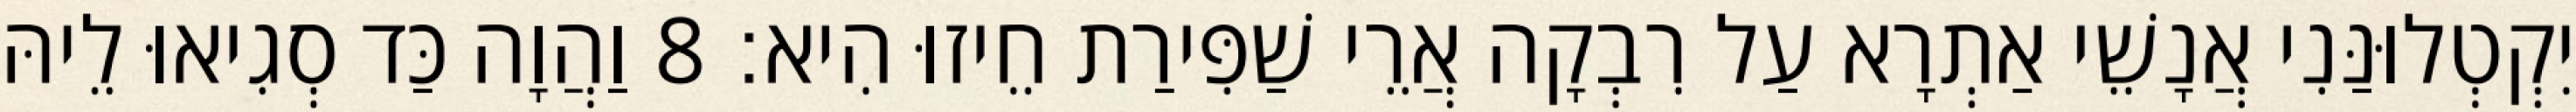
יִקְטְלוּנַּנִי אֲנָשֵׁי אַתְרָא עַל רִבְקָה אֲרֵי שַׁפִּירַת חֵיזוּ הִיא׃ 8 וַהֲוָה כַּד סְגִיאוּ לֵיהּ